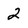
Character: 2